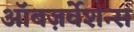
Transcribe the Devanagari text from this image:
ऑबज़र्वेशन्स